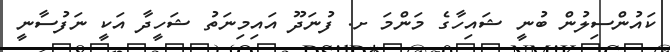
ކައުންސިލުން ބުނީ ޝައިހާގެ މަންމަ ށ. ފުނަދޫ އައިމިނަތު ޝަހީދާ އަކީ ނަފުސާނީ